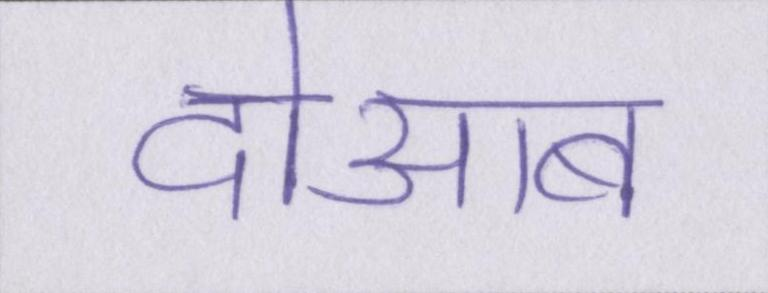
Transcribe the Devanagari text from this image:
दोआब